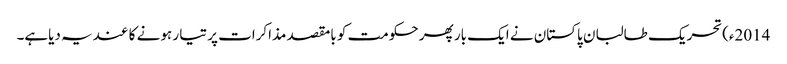
2014ء)تحریک طالبان پاکستان نے ایک بار پھر حکومت کو بامقصد مذاکرات پر تیا ر ہونے کا عندیہ دیاہے۔